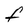
Character: F